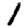
Digit: 1